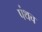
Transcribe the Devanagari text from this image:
पंथच